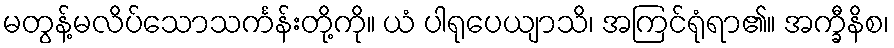
မတွန့်မလိပ်သောသင်္ကန်းတို့ကို။ ယံ ပါရုပေယျာသိ၊ အကြင်ရုံရာ၏။ အက္ခီနိစ၊